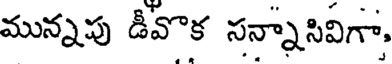
మున్నపు డీవొక సన్నాసివిగా,